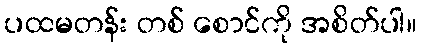
ပထမတန်း တစ် စောင်ကို အစိတ်ပါ။